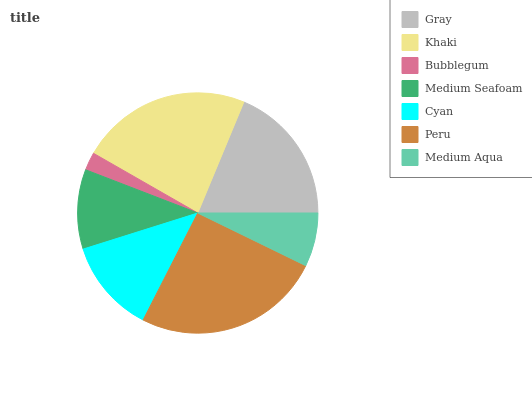
| Gray | Khaki | Bubblegum | Medium Seafoam | Cyan | Peru | Medium Aqua |
 | --- | --- | --- | --- | --- | --- | --- |
 | 18.8% | 22.9% | 2.42% | 10.7% | 12.6% | 25.3% | 7.23% |